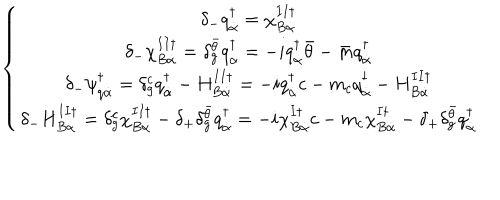
\left\{ \begin{array} { c } { { \delta _ { - } q _ { \dot { \alpha } } ^ { \dagger } = \chi _ { B \dot { \alpha } } ^ { I I \dagger } } } \\ { { \delta _ { - } \chi _ { B \dot { \alpha } } ^ { I I \dagger } = \delta _ { g } ^ { \bar { \theta } } q _ { \dot { \alpha } } ^ { \dagger } = - i q _ { \dot { \alpha } } ^ { \dagger } { \bar { \theta } } - { \bar { m } } q _ { \dot { \alpha } } ^ { \dagger } } } \\ { { \delta _ { - } \psi _ { q \dot { \alpha } } ^ { \dagger } = \delta _ { g } ^ { c } q _ { \dot { \alpha } } ^ { \dagger } - H _ { B \dot { \alpha } } ^ { I I \dagger } = - i q _ { \dot { \alpha } } ^ { \dagger } c - m _ { c } q _ { \dot { \alpha } } ^ { \dagger } - H _ { B \dot { \alpha } } ^ { I I \dagger } } } \\ { { \delta _ { - } H _ { B \dot { \alpha } } ^ { I I \dagger } = \delta _ { g } ^ { c } \chi _ { B \dot { \alpha } } ^ { I I \dagger } - \delta _ { + } \delta _ { g } ^ { \bar { \theta } } q _ { \dot { \alpha } } ^ { \dagger } = - i \chi _ { B \dot { \alpha } } ^ { I \dagger } c - m _ { c } \chi _ { B \dot { \alpha } } ^ { I \dagger } - \delta _ { + } \delta _ { g } ^ { \bar { \theta } } q _ { \dot { \alpha } } ^ { \dagger } } } \\ \end{array} \right.